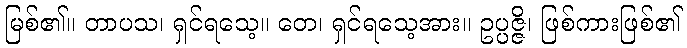
မြစ်၏။ တာပသ၊ ရှင်ရသေ့။ တေ၊ ရှင်ရသေ့အား။ ဥပ္ပဇ္ဇိ၊ ဖြစ်ကားဖြစ်၏